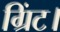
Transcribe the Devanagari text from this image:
ग्रिंट।